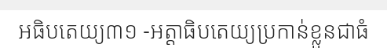
អធិបតេយ្យ៣១ -អត្តាធិបតេយ្យប្រកាន់ខ្លួនជាធំ